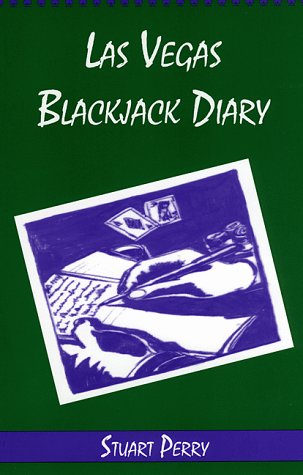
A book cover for Las Vegas Blackjack Diary; Stuart Perry; Humor & Entertainment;